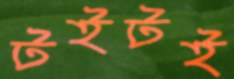
টইটই